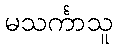
မသင်္ကာသူ